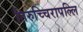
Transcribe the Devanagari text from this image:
तिरुच्चिरापल्लि